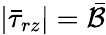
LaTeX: |\bar{\tau}_{rz}|=\bar{\mathcal{B}}